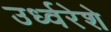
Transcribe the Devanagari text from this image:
उर्ध्वरेशे